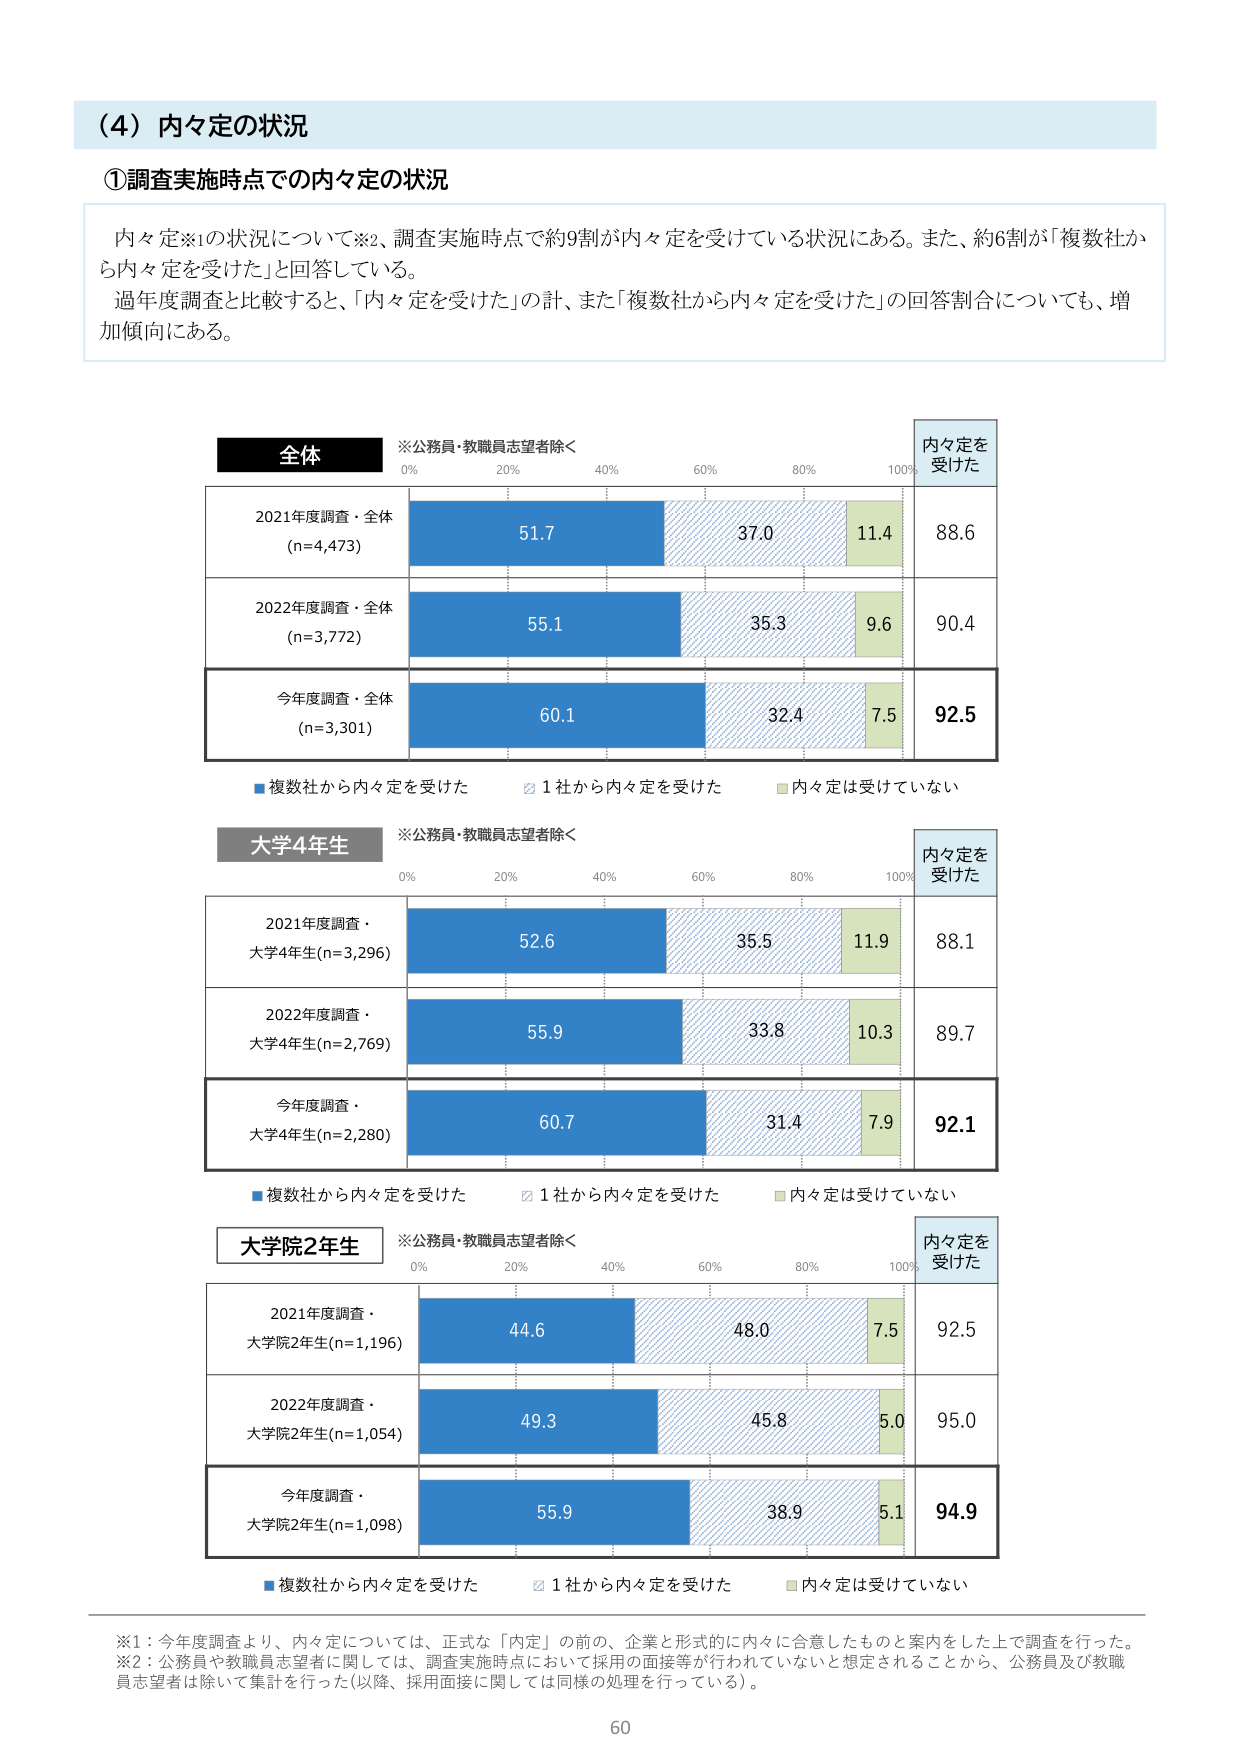
（4）内々定の状況

①調査実施時点での内々定の状況

内々定※1の状況について※2、調査実施時点で約9割が内々定を受けている状況にある。また、約6割が「複数社から内々定を受けた」と回答している。
過年度調査と比較すると、「内々定を受けた」の計、また「複数社から内々定を受けた」の回答割合についても、増加傾向にある。

全体
※公務員・教職員志望者除く
0% 20% 40% 60% 80% 100%
内々定を受けた
2021年度調査・全体
(n=4,473)
51.7 37.0 11.4 88.6
2022年度調査・全体
(n=3,772)
55.1 35.3 9.6 90.4
今年度調査・全体
(n=3,301)
60.1 32.4 7.5 92.5
■複数社から内々定を受けた □1社から内々定を受けた ■内々定は受けていない

大学4年生
※公務員・教職員志望者除く
0% 20% 40% 60% 80% 100%
内々定を受けた
2021年度調査・
大学4年生(n=3,296)
52.6 35.5 11.9 88.1
2022年度調査・
大学4年生(n=2,769)
55.9 33.8 10.3 89.7
今年度調査・
大学4年生(n=2,280)
60.7 31.4 7.9 92.1
■複数社から内々定を受けた □1社から内々定を受けた ■内々定は受けていない

大学院2年生
※公務員・教職員志望者除く
0% 20% 40% 60% 80% 100%
内々定を受けた
2021年度調査・
大学院2年生(n=1,196)
44.6 48.0 7.5 92.5
2022年度調査・
大学院2年生(n=1,054)
49.3 45.8 5.0 95.0
今年度調査・
大学院2年生(n=1,098)
55.9 38.9 5.1 94.9
■複数社から内々定を受けた □1社から内々定を受けた ■内々定は受けていない

※1：今年度調査より、内々定については、正式な「内定」の前の、企業と形式的に内々に合意したものと案内をした上で調査を行った。
※2：公務員や教職員志望者に関しては、調査実施時点において採用の面接等が行われていないと想定されることから、公務員及び教職員志望者は除いて集計を行った（以降、採用面接に関しては同様の処理を行っている）。

60